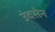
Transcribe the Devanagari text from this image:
उंदसेन